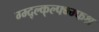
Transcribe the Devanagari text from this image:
ग्म्द्ल्क्ल्फ्भ्म्फश्र